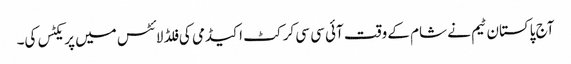
آج پاکستان ٹیم نے شام کے وقت آئی سی سی کرکٹ اکیڈمی کی فلڈ لائٹس میں پریکٹس کی۔